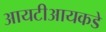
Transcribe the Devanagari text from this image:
आयटीआयकडे